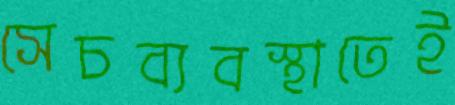
সেচব্যবস্থাতেই